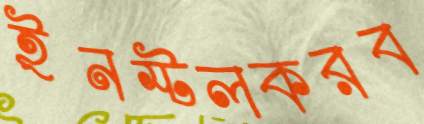
ইনস্টলকরব